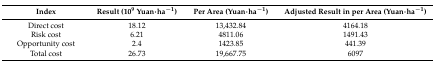
| Index | Result (109 Yuan·ha−1) | Per Area (Yuan·ha−1) | Adjusted Result in per Area (Yuan·ha−1) |
 | --- | --- | --- | --- |
 | Direct cost | 18.12 | 13,432.84 | 4164.18 |
 | Risk cost | 6.21 | 4811.06 | 1491.43 |
 | Opportunity cost | 2.4 | 1423.85 | 441.39 |
 | Total cost | 26.73 | 19,667.75 | 6097 |